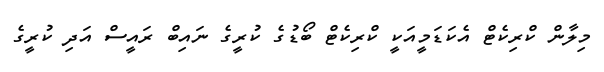
މިލާން ކްރިކެޓް އެކަޑަމީއަކީ ކްރިކެޓް ބޯޑުގެ ކުރީގެ ނައިބް ރައީސް އަދި ކުރީގެ